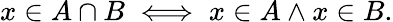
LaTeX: x\in A\cap B\iff x\in A\land x\in B.